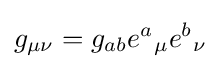
g_{\mu \nu }=g_{ab}e^{a}{}_{\mu }e^{b}{}_{\nu }